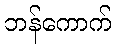
ဘန်ကောက်